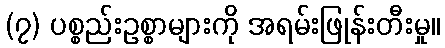
(၇) ပစ္စည်းဥစ္စာများကို အရမ်းဖြုန်းတီးမှု။